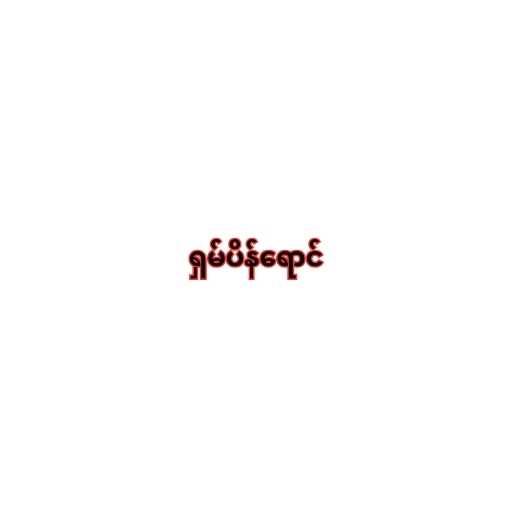
ရှမ်ပိန်ရောင်